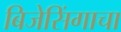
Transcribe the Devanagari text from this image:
बिजेसिंगाचा